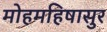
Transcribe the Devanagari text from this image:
मोहमहिषासुर